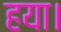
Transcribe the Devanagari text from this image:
हया।